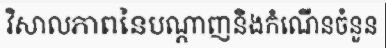
វិសាលភាពនៃបណ្តាញនិងកំណើនចំនួន